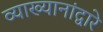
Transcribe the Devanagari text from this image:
व्याख्यानांद्वारे